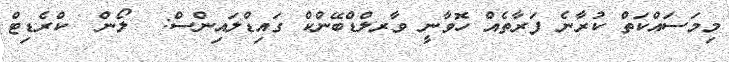
މިމަސައްކަތް ކުރާނެ ފަރާތެއް ހޮވާނީ ވާރލްޑްބޭންކް ގައިޑްލައިންސް:  ލޯން  ކްރެޑިޓް